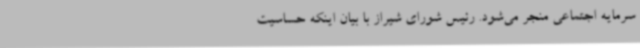
سرمایه اجتماعی منجر می‌شود. رئیس شورای شیراز با بیان اینکه حساسیت